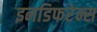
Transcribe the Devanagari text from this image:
इनडिफरेन्स